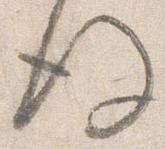
後